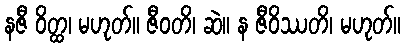
နဇီ ဝိတ္ထ၊ မဟုတ်။ ဇီဝတိ၊ ဆဲ။ န ဇီဝိဿတိ၊ မဟုတ်။